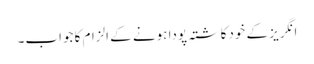
انگریز کے خودکاشتہ پودا ہونے کے الزام کا جواب۔